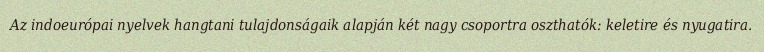
Az indoeurópai nyelvek hangtani tulajdonságaik alapján két nagy csoportra oszthatók: keletire és nyugatira.